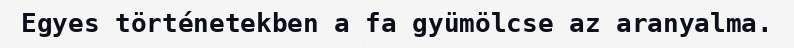
Egyes történetekben a fa gyümölcse az aranyalma.